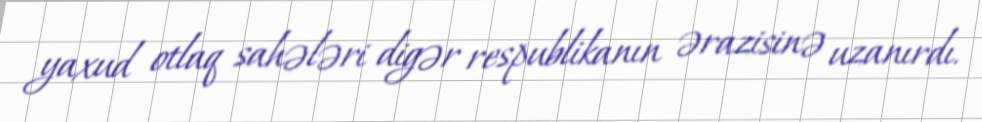
yaxud otlaq sahələri digər respublikanın ərazisinə uzanırdı.